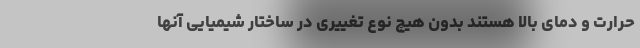
حرارت و دمای بالا هستند بدون هیچ نوع تغییری در ساختار شیمیایی آنها